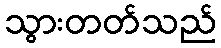
သွားတတ်သည်